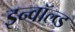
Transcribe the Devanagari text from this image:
इन्वॉल्व्ड